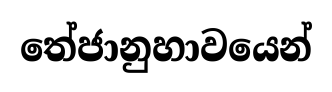
තේජානුහාවයෙන්